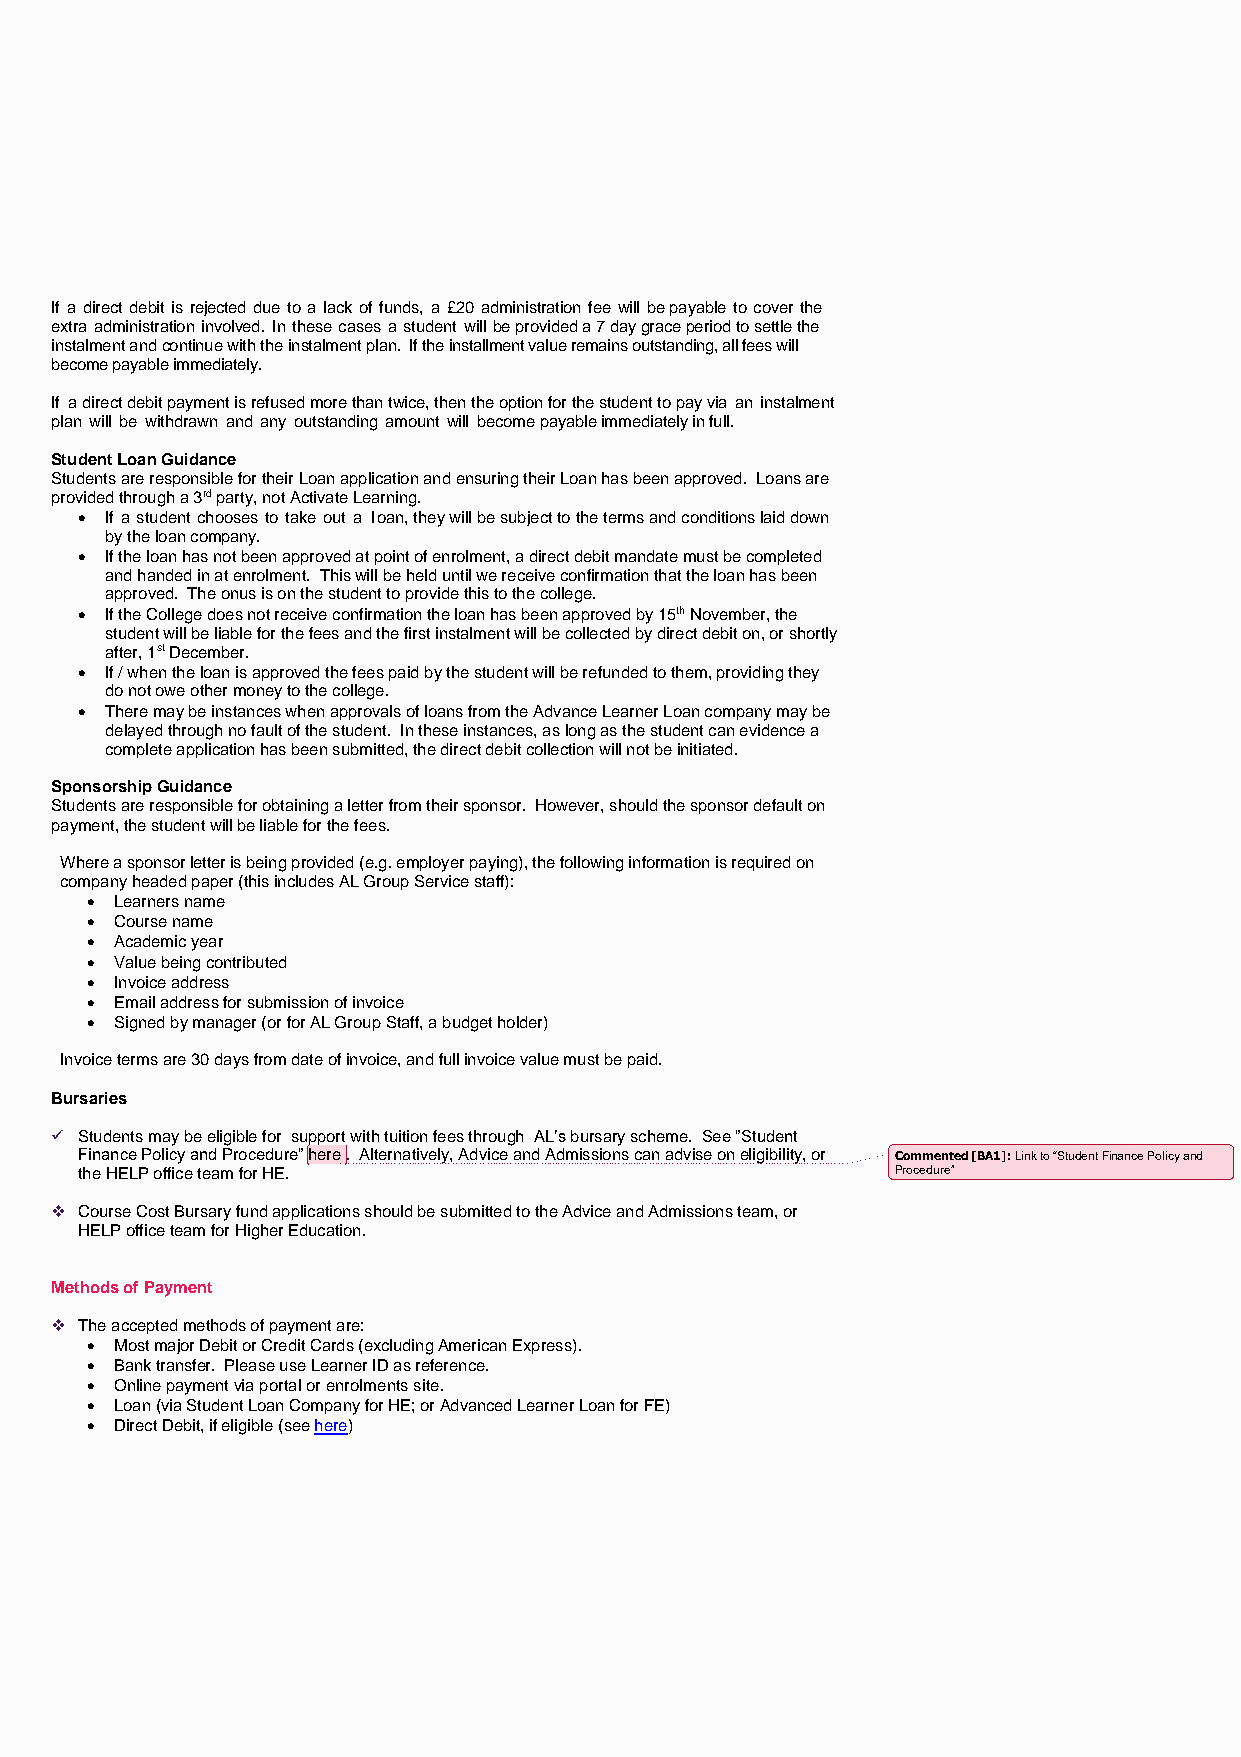
If a direct debit is rejected due to a lack of funds, a £20 administration fee will be payable to cover the
 extra administration involved. In these cases a student will be provided a 7 day grace period to settle the
 instalment and continue with the instalment plan. If the installment value remains outstanding, all fees will
 become payable immediately.
 If a direct debit payment is refused more than twice, then the option for the student to pay via an instalment
 plan will be withdrawn and any outstanding amount will become payable immediately in full.
 Student Loan Guidance
 Students are responsible for their Loan application and ensuring their Loan has been approved. Loans are
 provided through a 3rd party, not Activate Learning.
 • If a student chooses to take out a loan, they will be subject to the terms and conditions laid down
 by the loan company.
 • If the loan has not been approved at point of enrolment, a direct debit mandate must be completed
 and handed in at enrolment. This will be held until we receive confirmation that the loan has been
 approved. The onus is on the student to provide this to the college.
 • If the College does not receive confirmation the loan has been approved by 15th November, the
 student will be liable for the fees and the first instalment will be collected by direct debit on, or shortly
 after, 1st December.
 • If / when the loan is approved the fees paid by the student will be refunded to them, providing they
 do not owe other money to the college.
 • There may be instances when approvals of loans from the Advance Learner Loan company may be
 delayed through no fault of the student. In these instances, as long as the student can evidence a
 complete application has been submitted, the direct debit collection will not be initiated.
 Sponsorship Guidance
 Students are responsible for obtaining a letter from their sponsor. However, should the sponsor default on
 payment, the student will be liable for the fees.
 Where a sponsor letter is being provided (e.g. employer paying), the following information is required on
 company headed paper (this includes AL Group Service staff):
 • Learners name
 • Course name
 • Academic year
 • Value being contributed
 • Invoice address
 • Email address for submission of invoice
 • Signed by manager (or for AL Group Staff, a budget holder)
 Invoice terms are 30 days from date of invoice, and full invoice value must be paid.
 Bursaries
 ✓ Students may be eligible for support with tuition fees through AL’s bursary scheme. See ”Student
 Finance Policy and Procedure” here . Alternatively, Advice and Admissions can advise on eligibility, or Commented [BA1]: Link to “Student Finance Policy and
 the HELP office team for HE.                          Procedure”
 ❖ Course Cost Bursary fund applications should be submitted to the Advice and Admissions team, or
 HELP office team for Higher Education.
 Methods of Payment
 ❖ The accepted methods of payment are:
 • Most major Debit or Credit Cards (excluding American Express).
 • Bank transfer. Please use Learner ID as reference.
 • Online payment via portal or enrolments site.
 • Loan (via Student Loan Company for HE; or Advanced Learner Loan for FE)
 • Direct Debit, if eligible (see here)